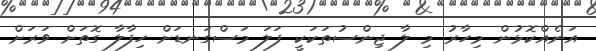
އަނެއްކޮޅުން މިހާރު މި ލާ ޖިންސުތަކަކީ ފަލަ މަސްގަނޑަށް ހިފާލާ ގޮތަށް ވަރަށް